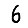
Digit: 6